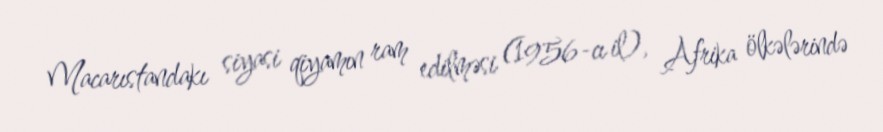
Macarıstandakı siyasi qiyamın ram edilməsi (1956-cı il), Afrika ölkələrində